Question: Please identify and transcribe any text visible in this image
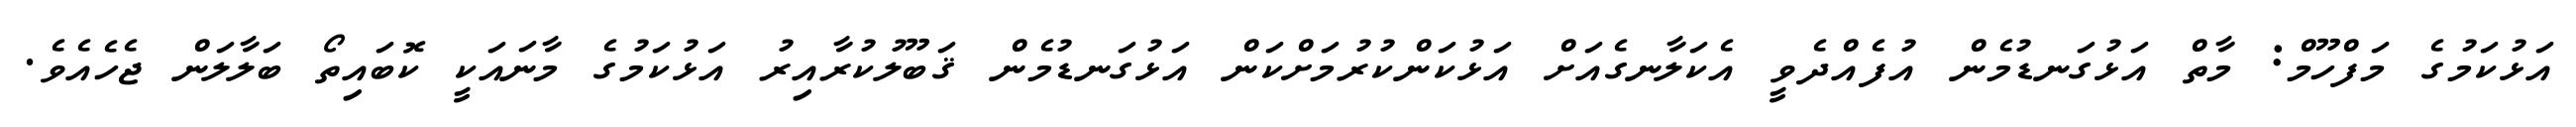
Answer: އަޅުކަމުގެ މަފްހޫމް: މާތް އަޅުގަނޑުމެން އުފެއްދެވީ އެކަލާނގެއަށް އަޅުކަންކުރުމަށްކަން އަޅުގަނޑުމެން ޤަބޫލުކުރާއިރު އަޅުކަމުގެ މާނައަކީ ކޮބައިތޯ ބަލާލަން ޖެހެއެވެ.